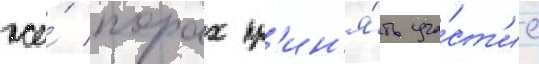
же́ порах пр'ин'я́ть уча́ст'ие